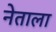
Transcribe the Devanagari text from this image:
नेताला